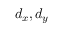
d _ { x } , d _ { y }